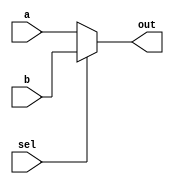
module top_module (
    input  wire       sel,
    input  wire [7:0] a,
    input  wire [7:0] b,
    output wire [7:0] out
);
    assign out = sel ? b : a;
endmodule